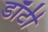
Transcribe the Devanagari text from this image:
डॉर्टी